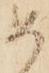
め